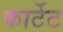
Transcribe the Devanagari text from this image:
कार्टेट